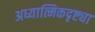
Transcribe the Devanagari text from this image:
अध्यात्मिकदृष्ट्या